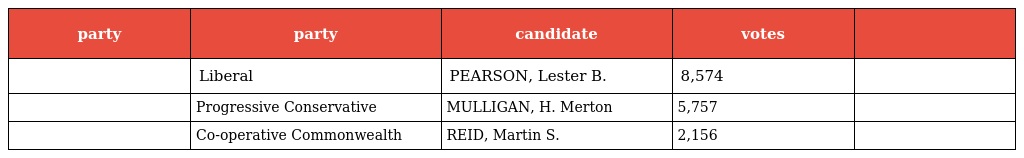
| party | party | candidate | votes |  |
 | --- | --- | --- | --- | --- |
 |  | Liberal | PEARSON, Lester B. | 8,574 |  |
 |  | Progressive Conservative | MULLIGAN, H. Merton | 5,757 |  |
 |  | Co-operative Commonwealth | REID, Martin S. | 2,156 |  |